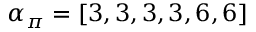
\alpha _ { \pi } = [ 3 , 3 , 3 , 3 , 6 , 6 ]